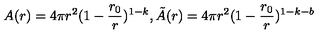
A ( r ) = 4 \pi r ^ { 2 } ( 1 - \frac { r _ { 0 } } { r } ) ^ { 1 - k } , \tilde { A } ( r ) = 4 \pi r ^ { 2 } ( 1 - \frac { r _ { 0 } } { r } ) ^ { 1 - k - b }